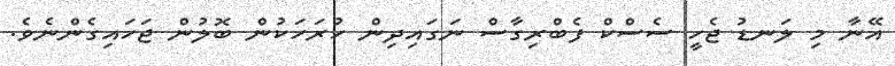
އޭނާ މި ލަނޑު ޖެހީ ސެސްކް ފެބްރިގާސް ނަގައިދިން ހުރަހަކުން ބޮލުން ޖަހައިގެންނެވެ.